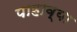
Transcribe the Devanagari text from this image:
पाहाव्या